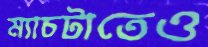
ম্যাচটাতেও